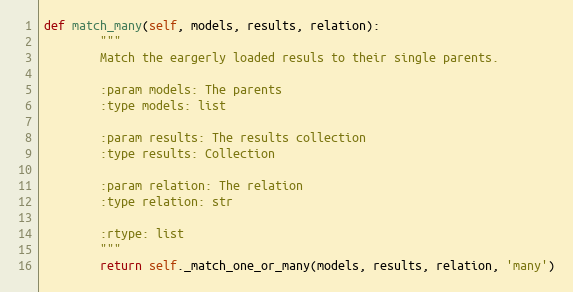
Language: Python
def match_many(self, models, results, relation):
        """
        Match the eargerly loaded resuls to their single parents.

        :param models: The parents
        :type models: list

        :param results: The results collection
        :type results: Collection

        :param relation: The relation
        :type relation: str

        :rtype: list
        """
        return self._match_one_or_many(models, results, relation, 'many')